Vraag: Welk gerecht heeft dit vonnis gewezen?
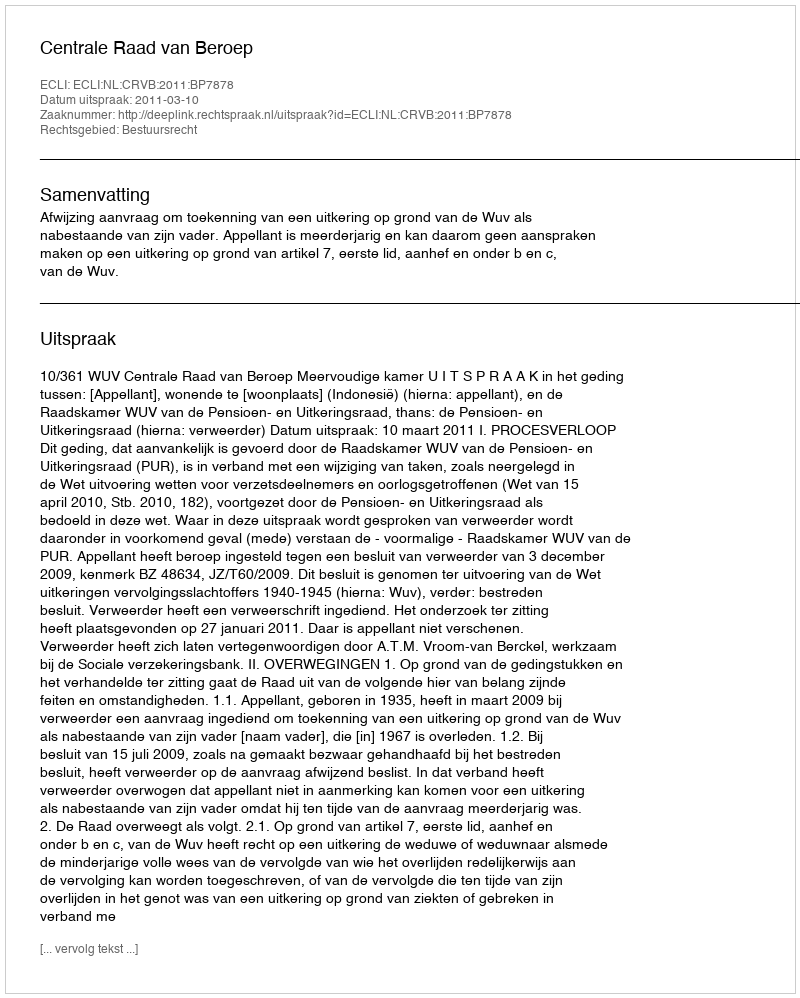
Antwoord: Centrale Raad van Beroep